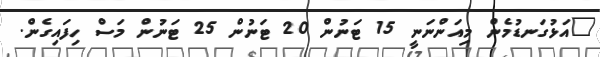
"އަޅުގަނޑުމެން މިއަންނަނީ 15 ޓަނުން 20 ޓަނުން 25 ޓަނުން މަސް ހިފައިގެން.